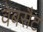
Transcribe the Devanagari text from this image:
वेबसैट